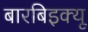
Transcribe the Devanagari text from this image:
बारबिइक्यू